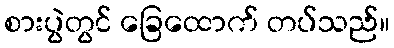
စားပွဲတွင် ခြေထောက် တပ်သည်။